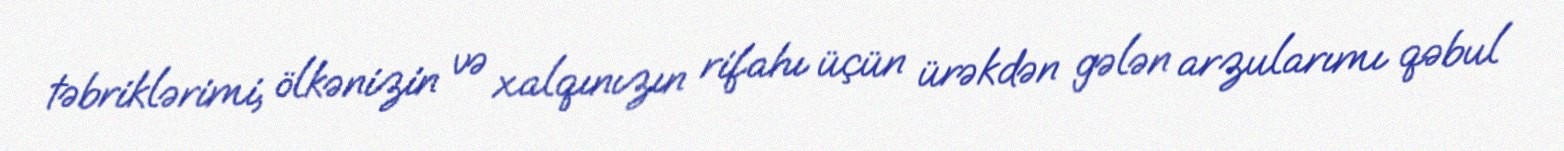
təbriklərimi, ölkənizin və xalqınızın rifahı üçün ürəkdən gələn arzularımı qəbul